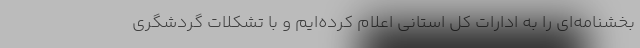
بخشنامه‌ای را به ادارات کل استانی اعلام کرده‌ایم و با تشکلات گردشگری